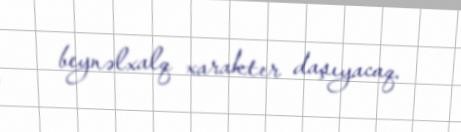
beynəlxalq xarakter daşıyacaq.